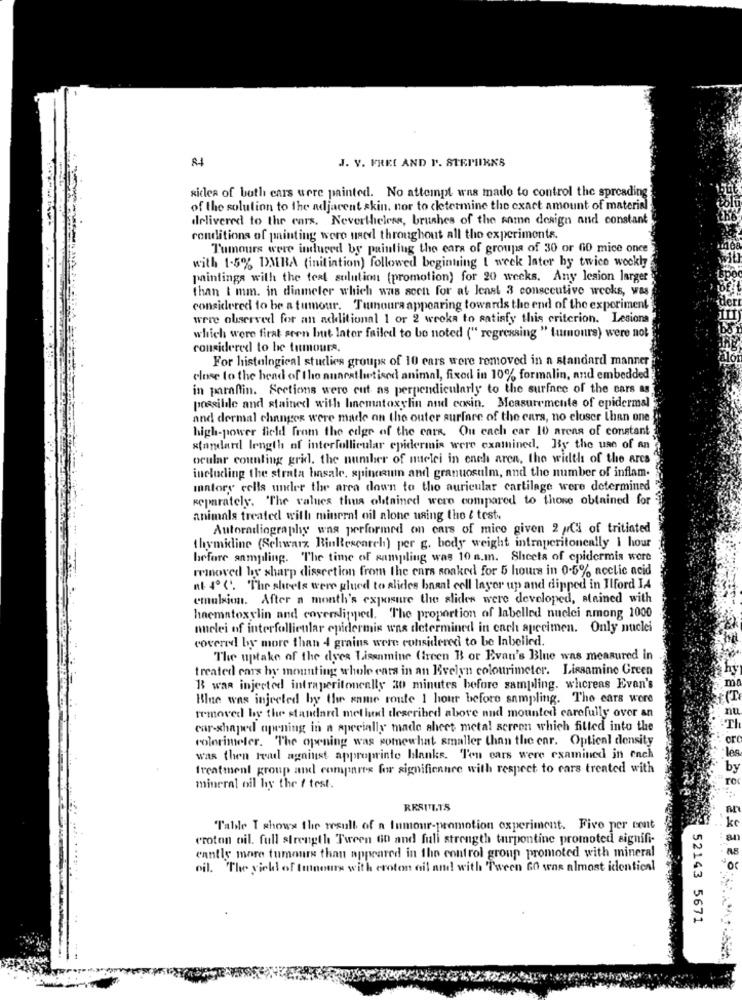
J. V. FREE AND P. STEMHIKES
sides of both cars were painted. No attempt was matlo to control the spreading
of the solution to the adjacent skin, nor to cletermine the exact amount of material
delivered to the cars. Nevertheless, brushes of the same design and constant
conditions of painting were used throughout all the experiments.
Tumours were induced by painting the cars of groups of 30 or 60 mice once
with 1-5% DMBA (initiation) followed beginning [ week later by twice wockly
paintings with the teat sulution (promotion) for 20 weeks. Any lesion larger
than t mm. in dinmeler which was seen for at least 3 consecutive weeks, was
considered to be a tumour. Tuumoura appearing towards the end of the experiment
were observed for an additional 1 or 2 weeks to satisfy this criterion. Lesions
which were firat seen but later failed to be noted (" regressing " tumours) were not
considered to be tumours.
For histological studies groups of 10 cars were removed in a standard manner
close to the head of the nuncathetised animal, fixed in 10% formalin, and embedded
in paraffin. Sections were cut as perpendicularly to the surface of the cars as
possibile and stained with haematoxylin and cosin. Measuremente of epidermal
and dermal changes were made on the outer surfare of the cars, no closer than one.
high-power field from the edge of the cars. On each car 10 areas of constant
standard length of interfollicular epidermis were examined, By the use of an
ocular counting grid. the number of nuclei in each aren, the width of the ares
including the strata binsale. spinceun and granuosulm, and the number of inflam.
iatory cells under the area down to tho auricular cartilage were determined
separately. "The values thus obtained were compared to those obtained for
animals treated with mineral oil alone using the & test.
Autoradiography was performed on cars of mice given 2 ,Ci of tritiated
thymidine (Schwarz BinResearch) per g. body weight intraperitoneally 1 hour
before sampling. The time of sampling was 10 a.m. Sheets of epidermis were
removed by sharp dissection from the ears soaked for 5 hours in 0-5% acclic acid
at 4ºC. The sheets were glued to slides basal cell layer up and dipped in Ilford IA
emulsion. After a month's exposure the slides were developed, stained with
haematoxylin and coverslipped. The proportion of labelled nuclei among 1000
nuclei of interfollicular epidermis was determined in cach specimen. Only nuclei
covered by more than 4 grains were considered to be labelled.
The uptake of the dyes Lisanmine (treen B or Evan's Blue was measured in
treated cars by mounting whole cars in an Evelyn colourimeter. Lissamino Green
hy
B was injected intraperitoneally 30 minutes before sampling. whereas Evan's
m
Blue was injected by the same route 1 hour before sampling. The ears were
removed by the standard method described above nud mounted carefully over an
nu
car-shaped opening in a specially made sheet metal screen which fitted into the
colorimeter. The opening was somewhat smaller than the enr. Optical density
les
was then Had against approprinte blanks. Ten cars were examined in each
treatment group and compares for significance with respect to cars treated with
by
ro
mineral oil by the / test.
RESITITS
"Table T shows the result of a Inmour-promotion experiment. Five per cent
croton oil. full strength Tween 60 and full strength turpontine promoted signifi-
cantle more tumours than appeared in the control group promoted with mineral
oil. The yieldl of tumours with croton ail and with Tween 60 was almost identical
+4
52143 5671